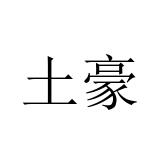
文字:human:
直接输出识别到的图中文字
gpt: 土豪